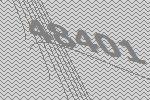
48401